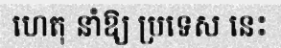
ហេតុ នាំឱ្យ ប្រទេស នេះ